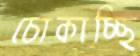
চোকাচ্ছি